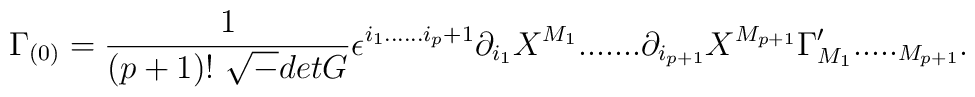
\Gamma_{(0)} = {1 \over (p+1)!~{\sqrt -detG} }\epsilon^{i_1......i_p+1}\partial_{i_1}X^{M_1}.......\partial_{i_{p+1}}X^{M_{p+1}}\Gamma^{\prime}_{M_1}....._{M_{p+1}}.